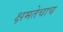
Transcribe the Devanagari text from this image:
क्षमतेचाच